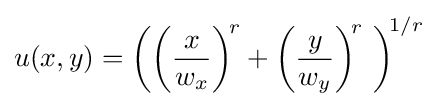
u(x,y)=\left(\left({x \over w_{x}}\right)^{\!r}+\left({y \over w_{y}}\right)^{\!r}\ \right)^{\!1/r}